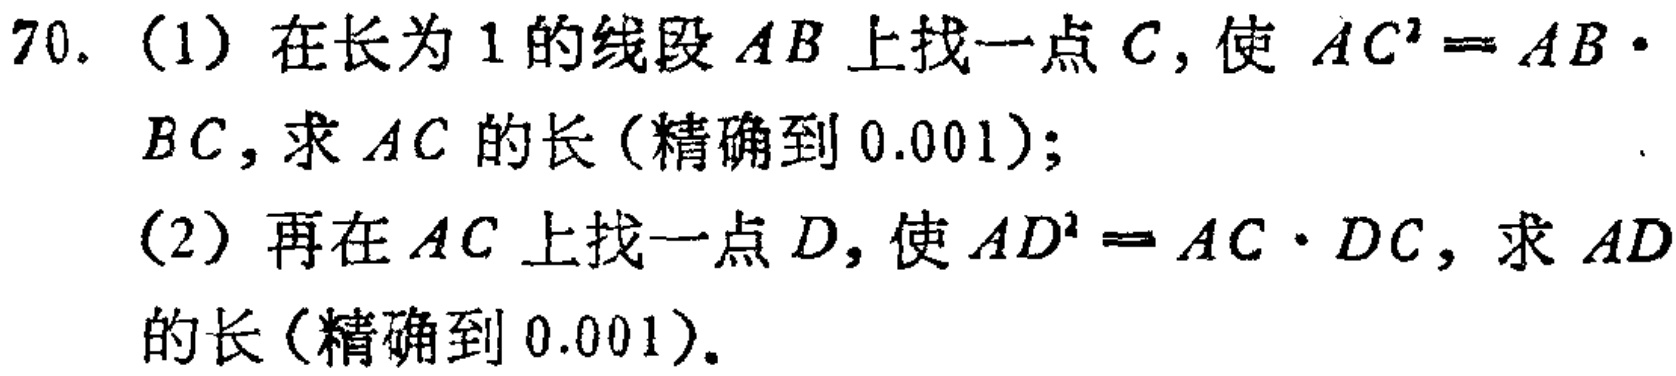
70. (1) 在长为 1 的线段 \(AB\) 上找一点 \(C\)，使 \(AC^{2}=AB\cdot BC\)，求 \(AC\) 的长（精确到 0.001）；
(2) 再在 \(AC\) 上找一点 \(D\)，使 \(AD^{2}=AC\cdot DC\)，求 \(AD\) 的长（精确到 0.001）。